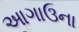
આગાઉના